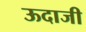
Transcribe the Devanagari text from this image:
ऊदाजी